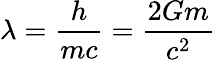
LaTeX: \lambda={\frac{h}{mc}}={\frac{2Gm}{c^{2}}}